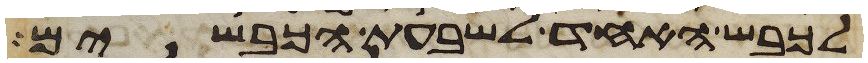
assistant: לכבש האחד לשבעת הכבשים